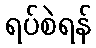
ရပ်စဲရန်